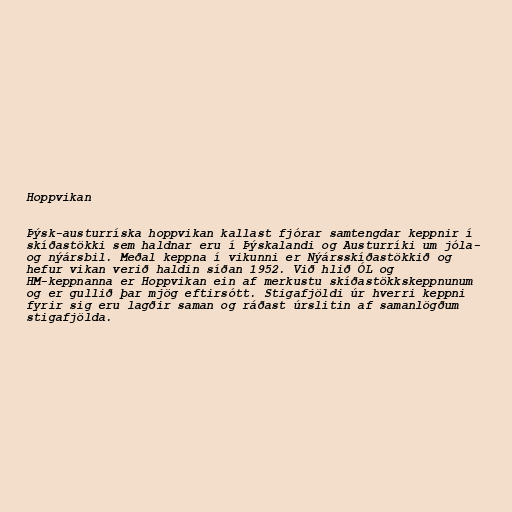
Hoppvikan

Þýsk-austurríska hoppvikan kallast fjórar samtengdar keppnir í
skíðastökki sem haldnar eru í Þýskalandi og Austurríki um jóla-
og nýársbil. Meðal keppna í vikunni er Nýársskíðastökkið og
hefur vikan verið haldin síðan 1952. Við hlið ÓL og
HM-keppnanna er Hoppvikan ein af merkustu skíðastökkskeppnunum
og er gullið þar mjög eftirsótt. Stigafjöldi úr hverri keppni
fyrir sig eru lagðir saman og ráðast úrslitin af samanlögðum
stigafjölda.